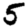
Digit: 5